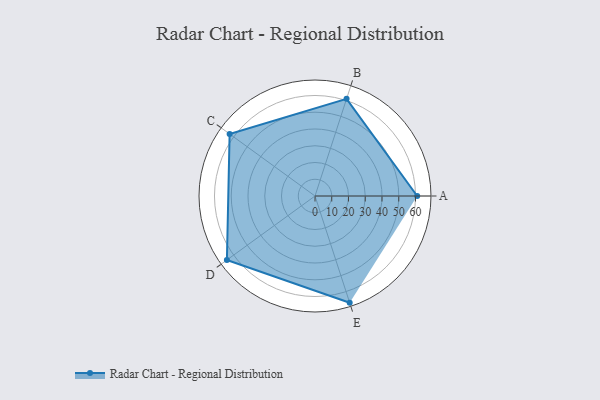
{"axis": {"x": "Skill", "y": "Score"}, "legend": ["Profile"], "data": [{"x": "A", "y": 61.0, "type": "Profile"}, {"x": "B", "y": 61.0, "type": "Profile"}, {"x": "C", "y": 63.0, "type": "Profile"}, {"x": "D", "y": 65.0, "type": "Profile"}, {"x": "E", "y": 67.0, "type": "Profile"}]}